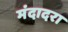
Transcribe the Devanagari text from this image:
मंदादरा